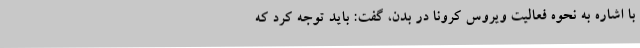
با اشاره به نحوه فعالیت ویروس کرونا در بدن، ‌گفت: باید توجه کرد که